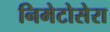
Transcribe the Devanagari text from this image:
निमेटोसेरा